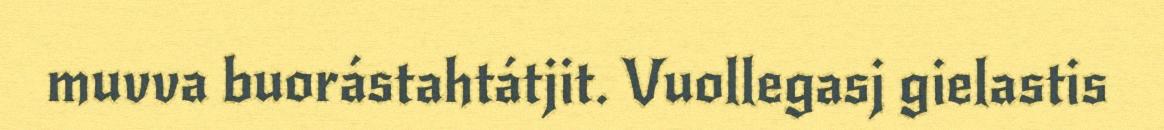
muvva buorástahtátjit. Vuollegasj gielastis